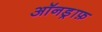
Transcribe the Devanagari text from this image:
ऑनड्राफ़